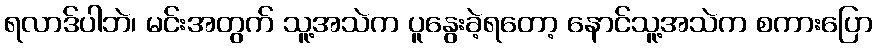
ရလာဒ်ပါဘဲ၊ မင်းအတွက် သူ့အသဲက ပူနွေးခဲ့ရတော့ နောင်သူ့အသဲက စကားပြော